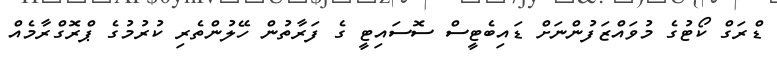
ޑްރަގް ކޯޓުގެ މުވައްޒަފުންނަށް ޑައިބެޓީސް ސޮސައިޓީ ގެ ފަރާތުން ހޭލުންތެރި ކުރުމުގެ ޕްރޮގްރާމެއް